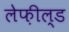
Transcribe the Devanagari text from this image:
लेफ़ील्ड